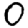
Digit: 0